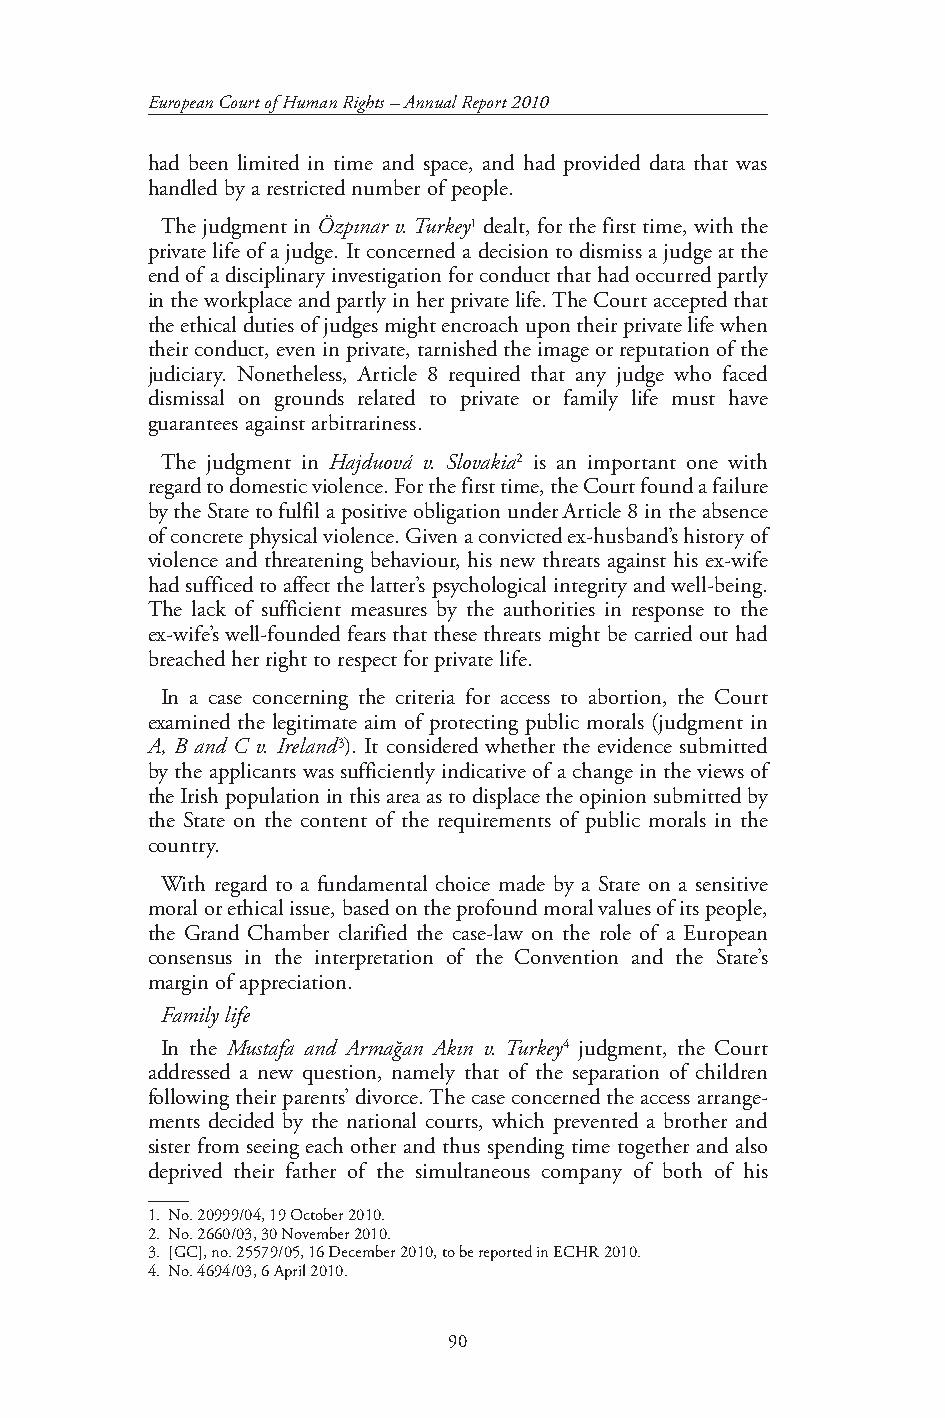
European Court of Human Rights – Annual Report 2010
 had been limited in time and space, and had provided data that was
 handled by a restricted number of people.
 The judgment in Özpınar v. Turkey1 dealt, for the first time, with the
 private life of a judge. It concerned a decision to dismiss a judge at the
 end of a disciplinary investigation for conduct that had occurred partly
 in the workplace and partly in her private life. The Court accepted that
 the ethical duties of judges might encroach upon their private life when
 their conduct, even in private, tarnished the image or reputation of the
 judiciary. Nonetheless, Article 8 required that any judge who faced
 dismissal on grounds related to private or family life must have
 guarantees against arbitrariness.
 The judgment in Hajduová v. Slovakia2 is an important one with
 regard to domestic violence. For the first time, the Court found a failure
 by the State to fulfil a positive obligation under Article 8 in the absence
 of concrete physical violence. Given a convicted ex-husband’s history of
 violence and threatening behaviour, his new threats against his ex-wife
 had sufficed to affect the latter’s psychological integrity and well-being.
 The lack of sufficient measures by the authorities in response to the
 ex-wife’s well-founded fears that these threats might be carried out had
 breached her right to respect for private life.
 In a case concerning the criteria for access to abortion, the Court
 examined the legitimate aim of protecting public morals (judgment in
 A, B and C v. Ireland 3). It considered whether the evidence submitted
 by the applicants was sufficiently indicative of a change in the views of
 the Irish population in this area as to displace the opinion submitted by
 the State on the content of the requirements of public morals in the
 country.
 With regard to a fundamental choice made by a State on a sensitive
 moral or ethical issue, based on the profound moral values of its people,
 the Grand Chamber clarified the case-law on the role of a European
 consensus in the interpretation of the Convention and the State’s
 margin of appreciation.
 Family life
 In the Mustafa and Armağan Akın v. Turkey4 judgment, the Court
 addressed a new question, namely that of the separation of children
 following their parents’ divorce. The case concerned the access arrange-
 ments decided by the national courts, which prevented a brother and
 sister from seeing each other and thus spending time together and also
 deprived their father of the simultaneous company of both of his
 1. No. 20999/04, 19 October 2010.
 2. No. 2660/03, 30 November 2010.
 3. [GC], no. 25579/05, 16 December 2010, to be reported in ECHR 2010.
 4. No. 4694/03, 6 April 2010.
 90